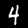
Label: 4